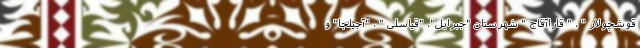
قوشچولار " ، " قاراآقاج " شهرستان "جبرایل"، "قیاسلی " ، "آجیلجا" و